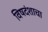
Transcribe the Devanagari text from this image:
विषदंशाचा